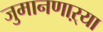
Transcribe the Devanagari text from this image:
जुमानणाऱ्या